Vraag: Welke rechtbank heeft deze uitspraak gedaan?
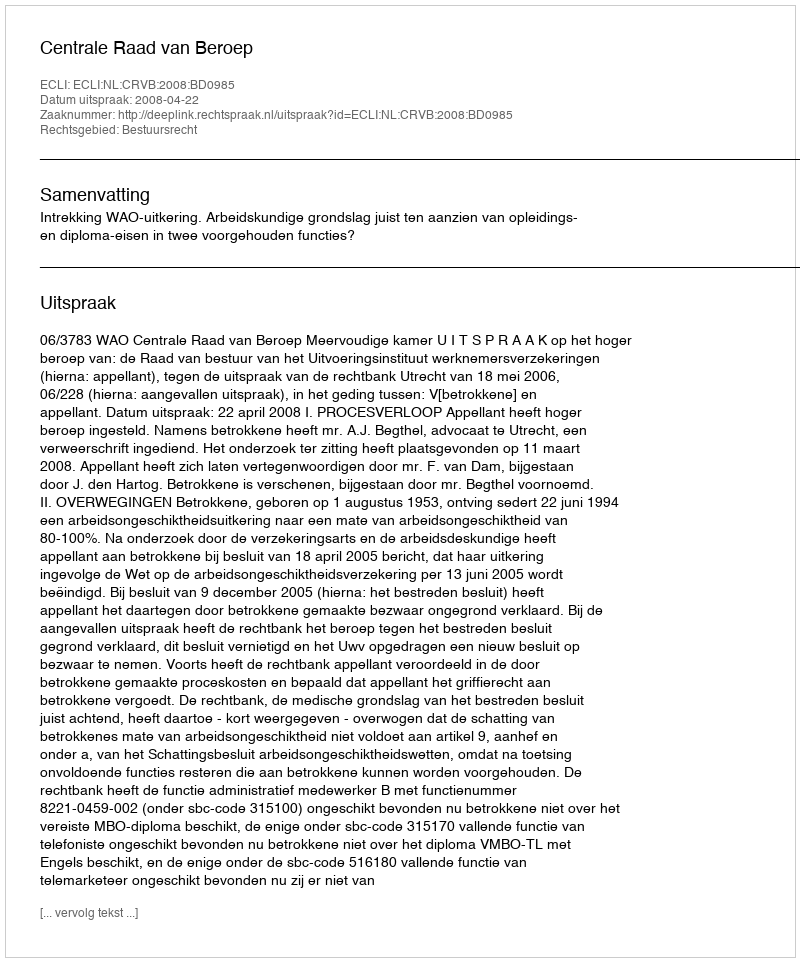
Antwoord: Centrale Raad van Beroep